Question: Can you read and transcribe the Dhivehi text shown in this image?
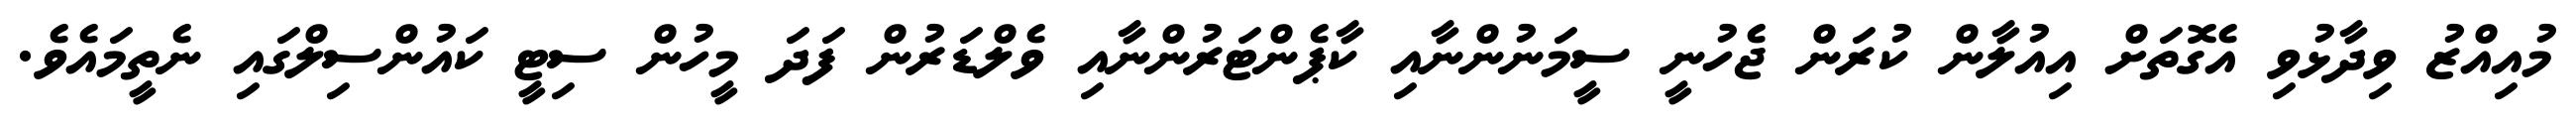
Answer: މުއިއްޒު ވިދާޅުވި އެގޮތަށް އިއުލާން ކުރަން ޖެހުނީ ސީމަނުންނާއި ކާޕެންޓަރުންނާއި ވެލްޑަރުން ފަދަ މީހުން ސިޓީ ކައުންސިލްގައި ނެތީމައެވެ.